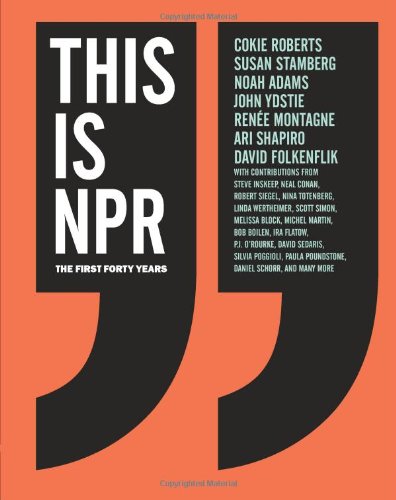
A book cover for This Is NPR: The First Forty Years; Cokie Roberts; Humor & Entertainment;